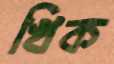
খিক